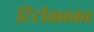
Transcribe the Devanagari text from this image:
टिटीकाका